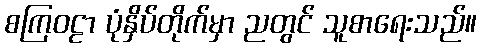
စကြဝဠာ ပုံနှိပ်တိုက်မှာ ညတွင် သူစာရေးသည်။